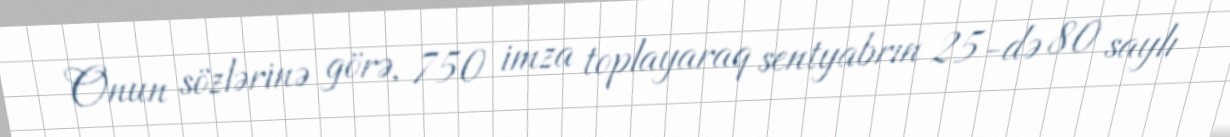
Onun sözlərinə görə, 750 imza toplayaraq sentyabrın 25-də 80 saylı